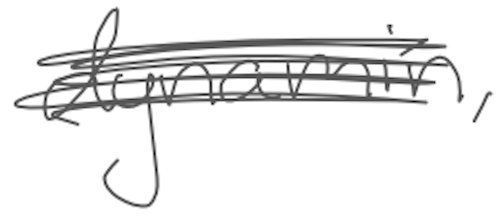
Text: dynamin,
Cross-out: mix
Writing tool: digital_gray